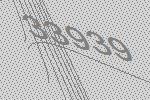
33939